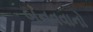
બનવવાનો